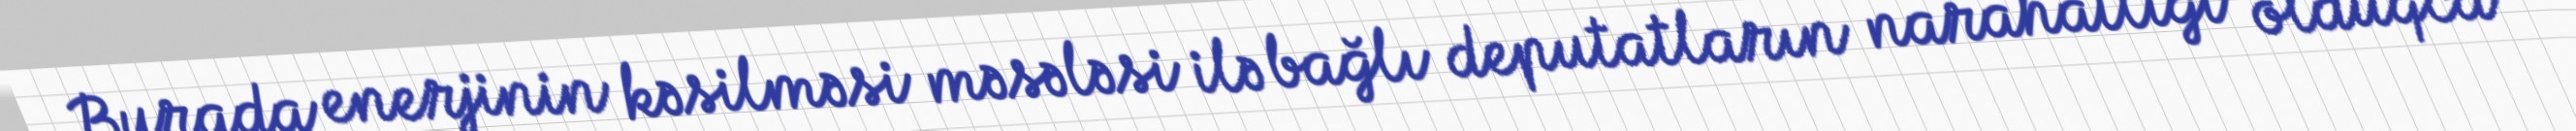
Burada enerjinin kəsilməsi məsələsi ilə bağlı deputatların narahatlığı olduqca